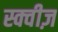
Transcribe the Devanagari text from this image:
स्क्वीज़